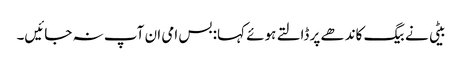
بیٹی نے بیگ کاندھے پر ڈالتے ہوئے کہا: بس امی ان آپ نہ جائیں۔